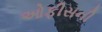
ઓફીસની